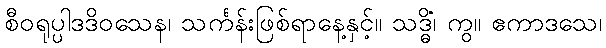
စီဝရုပ္ပါဒဒိဝသေန၊ သင်္ကန်းဖြစ်ရာနေ့နှင့်။ သဒ္ဓိံ၊ ကွ။ ဧကာဒသေ၊